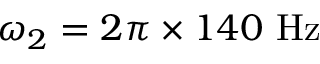
\omega _ { 2 } = 2 \pi \times 1 4 0 ~ \mathrm { H z }